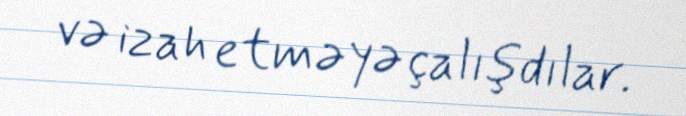
və izah etməyə çalışdılar.